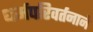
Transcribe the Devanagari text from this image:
धर्मपरिवर्तनाने